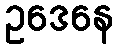
ဥဒေနေ